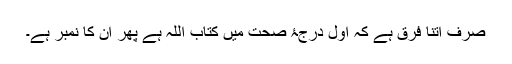
صرف اتنا فرق ہے کہ اول درجۂ صحت میں کتاب اللہ ہے پھر ان کا نمبر ہے۔